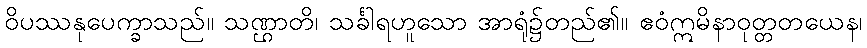
ဝိပဿနုပေက္ခာသည်။ သဏ္ဌာတိ၊ သင်္ခါရဟူသော အာရုံ၌တည်၏။ ဧဝံဣမိနာဝုတ္တတယေန၊